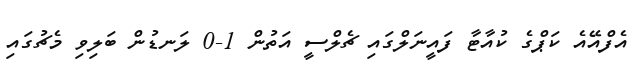
އެފްއޭއެ ކަޕްގެ ކުއާޓާ ފައީނަލްގައި ޗެލްސީ އަތުން 1-0 ލަނޑުން ބަލިވި މެޗުގައި